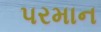
પરમાન